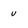
Character: u